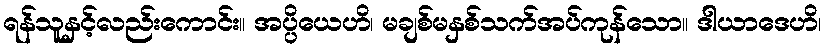
ရန်သူနှင့်လည်းကောင်း။ အပ္ပိယေဟိ၊ မချစ်မနှစ်သက်အပ်ကုန်သော။ ဒါယာဒေဟိ၊